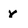
Character: r